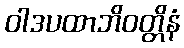
ဝါဒပထာဘိဝတ္တိနံ